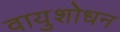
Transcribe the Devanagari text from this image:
वायुशोधन